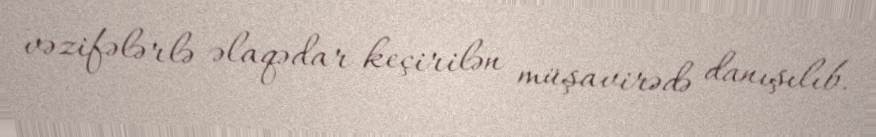
vəzifələrlə əlaqədar keçirilən müşavirədə danışılıb.